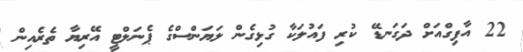
22 އާފިގްއަށް ދަގަނޑޭ ކުރި ފައުލަކާ ގުޅިގެން ލަޔަންސްގެ ޕެނަލްޓީ އޭރިޔާ ތެރެއިން